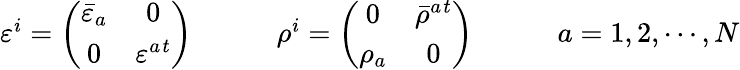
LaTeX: \begin{array}{ccc}{{\varepsilon^{i}=\left(\begin{array}{cc}{{\bar{\varepsilon}_{a}}}&{{0}}\\ {{0}}&{{\varepsilon^{a}{}^{t}}}\end{array}\right)~~~~}}&{{~~~~\rho^{i}=\left(\begin{array}{cc}{{0}}&{{\bar{\rho}^{a}{}^{t}}}\\ {{\rho_{a}}}&{{0}}\end{array}\right)~~~~}}&{{~~~~a=1,2,\cdots,N}}\end{array}